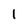
Character: 1